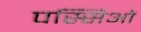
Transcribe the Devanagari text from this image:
पस्सिओं